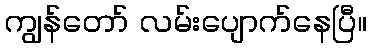
ကျွန်တော် လမ်းပျောက်နေပြီ။